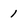
Character: 1